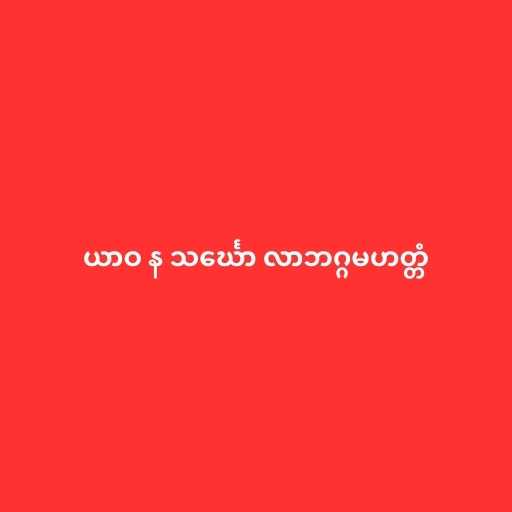
ယာဝ န သင်္ဃော လာဘဂ္ဂမဟတ္တံ